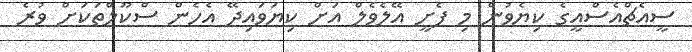
ސީއެޗްއެސްއީގެ ކިޔެވުން މި ފެށީ އޭލެވެލް އަށް ކިޔަވައިދޭ އެހެން ސްކޫލްތަކަށް ވުރެ